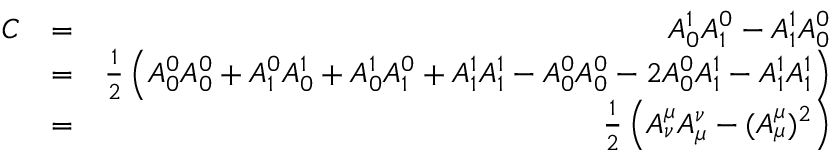
\begin{array} { r l r } { C } & { = } & { A _ { 0 } ^ { 1 } A _ { 1 } ^ { 0 } - A _ { 1 } ^ { 1 } A _ { 0 } ^ { 0 } } \\ & { = } & { \frac { 1 } { 2 } \left( A _ { 0 } ^ { 0 } A _ { 0 } ^ { 0 } + A _ { 1 } ^ { 0 } A _ { 0 } ^ { 1 } + A _ { 0 } ^ { 1 } A _ { 1 } ^ { 0 } + A _ { 1 } ^ { 1 } A _ { 1 } ^ { 1 } - A _ { 0 } ^ { 0 } A _ { 0 } ^ { 0 } - 2 A _ { 0 } ^ { 0 } A _ { 1 } ^ { 1 } - A _ { 1 } ^ { 1 } A _ { 1 } ^ { 1 } \right) } \\ & { = } & { \frac { 1 } { 2 } \left( A _ { \nu } ^ { \mu } A _ { \mu } ^ { \nu } - ( A _ { \mu } ^ { \mu } ) ^ { 2 } \right) } \end{array}